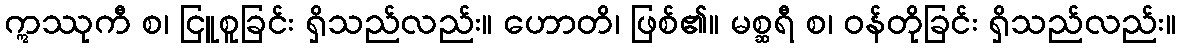
ဣဿုကီ စ၊ ငြူစူခြင်း ရှိသည်လည်း။ ဟောတိ၊ ဖြစ်၏။ မစ္ဆရီ စ၊ ဝန်တိုခြင်း ရှိသည်လည်း။